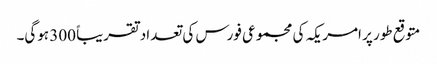
متوقع طور پر امریکہ کی مجموعی فورس کی تعداد تقریباً 300 ہوگی۔